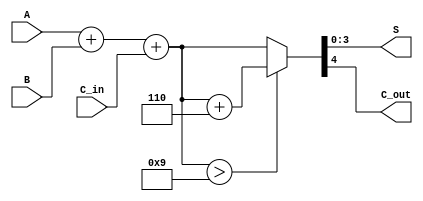
module BCD_Hybrid_Adder (
    input [3:0] A,       // First BCD digit
    input [3:0] B,       // Second BCD digit
    input C_in,          // Carry-in from previous digit addition
    output [3:0] S,      // Resulting BCD digit
    output C_out         // Carry-out to next digit
);

    wire [4:0] sum;      // 5-bit sum to accommodate carry
    wire [4:0] corrected_sum; // 5-bit corrected sum
    wire correction_needed; // Flag for correction
    
    // Step 1: Binary addition of A and B with carry-in
    assign sum = A + B + C_in; // 5-bit sum to hold possible carry

    // Step 2: Determine if correction is needed
    assign correction_needed = sum > 4'b1001; // Check if sum > 9

    // Step 3: BCD Correction Logic
    assign corrected_sum = correction_needed ? (sum + 5'b0110) : sum; // Add 6 if correction is needed

    // Step 4: Assign outputs
    assign S = corrected_sum[3:0]; // Result is the lower 4 bits
    assign C_out = corrected_sum[4]; // Carry-out is the 5th bit

endmodule